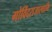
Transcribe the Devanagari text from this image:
गोविंदराजास्वामि